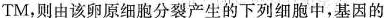
TM，则由该卵原细胞分裂产生的下列细胞中，基因的